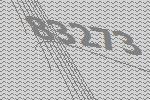
83273